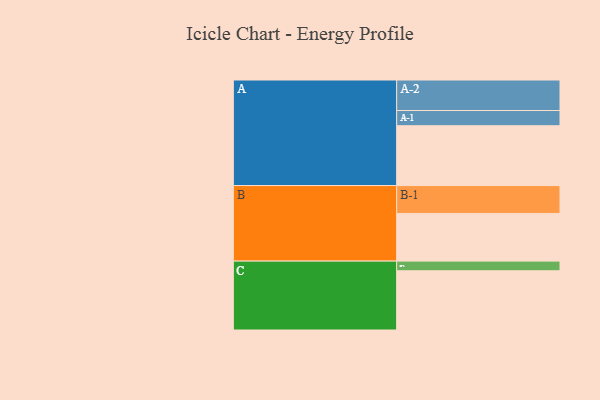
{"axis": {"x": "Segment", "y": "Value"}, "legend": ["", "A", "B", "C"], "data": [{"x": "A", "y": 502, "type": ""}, {"x": "B", "y": 400, "type": ""}, {"x": "C", "y": 497, "type": ""}, {"x": "A-1", "y": 128, "type": "A"}, {"x": "A-2", "y": 256, "type": "A"}, {"x": "B-1", "y": 234, "type": "B"}, {"x": "C-1", "y": 81, "type": "C"}]}